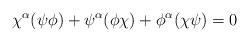
LaTeX: \begin{align*}\chi^{\alpha} (\psi \phi) + \psi^{\alpha}(\phi\chi) +\phi^{\alpha}(\chi\psi) = 0\end{align*}